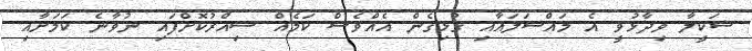
ޝަކީލާ ވިދާޅުވީ އެ މައްސަލައާއި ގުޅިގެން އެއްވެސް ކަމެއް ސިއްރުކޮށްފައި ނުވާނެ ކަމަށާއި